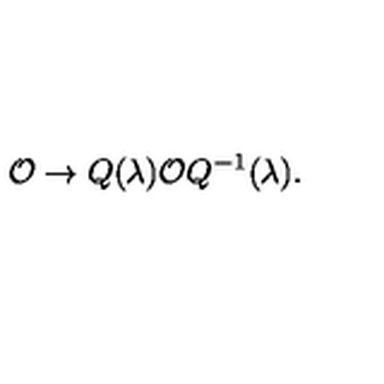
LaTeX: { \cal O } \to Q ( \lambda ) { \cal O } Q ^ { - 1 } ( \lambda ) .